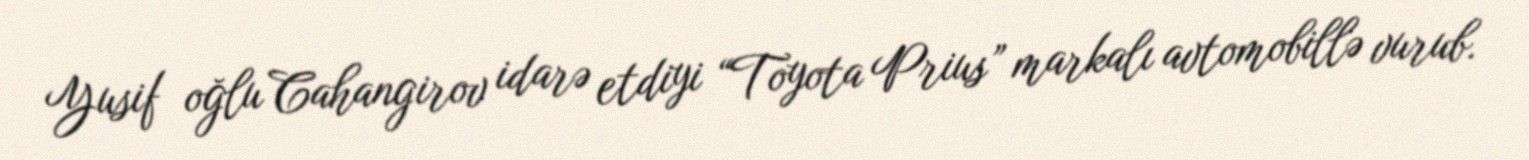
Yusif oğlu Cahangirov idarə etdiyi “Toyota Prius” markalı avtomobillə vurub.